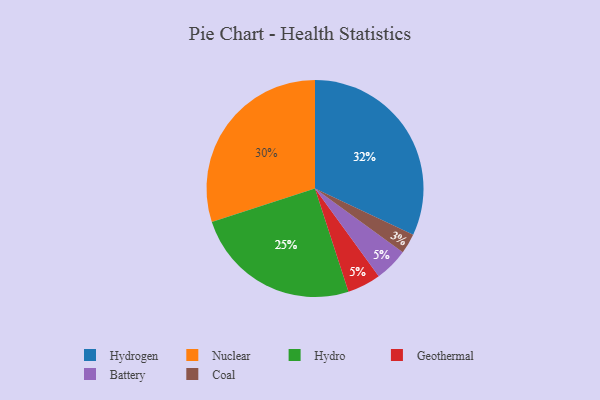
{"axis": {"x": "Category", "y": "Percentage"}, "legend": ["Battery", "Coal", "Geothermal", "Hydro", "Hydrogen", "Nuclear"], "data": [{"x": "Coal", "y": 3, "type": "Coal"}, {"x": "Nuclear", "y": 30, "type": "Nuclear"}, {"x": "Hydro", "y": 25, "type": "Hydro"}, {"x": "Geothermal", "y": 5, "type": "Geothermal"}, {"x": "Hydrogen", "y": 32, "type": "Hydrogen"}, {"x": "Battery", "y": 5, "type": "Battery"}]}